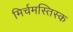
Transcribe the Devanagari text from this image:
मिर्चमस्तिस्क